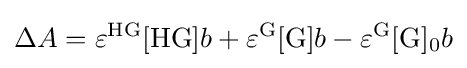
{\Delta }A=\varepsilon ^{\mathrm {HG} }[{\mathrm {HG} }]b+\varepsilon ^{\mathrm {G} }[{\ce {G}}]b-\varepsilon ^{\mathrm {G} }[{\ce {G}}]_{0}b